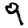
Digit: 9